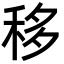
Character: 移